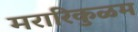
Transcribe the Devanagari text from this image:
मरारिकुळम